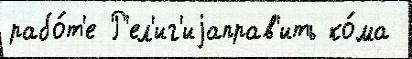
рабо́т'е Р'ел'иг'иjаправ'ить ко́ма